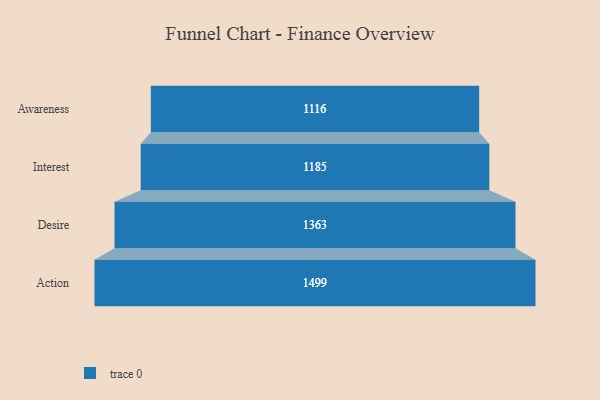
{"axis": {"x": "Stage", "y": "Value"}, "legend": [""], "data": [{"x": "Awareness", "y": 1116.0, "type": ""}, {"x": "Interest", "y": 1185.0, "type": ""}, {"x": "Desire", "y": 1363.0, "type": ""}, {"x": "Action", "y": 1499.0, "type": ""}]}